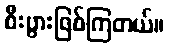
စီးပွားဖြစ်ကြတယ်။